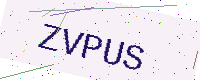
Text: ZVPUS